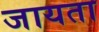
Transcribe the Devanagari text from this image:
जायता